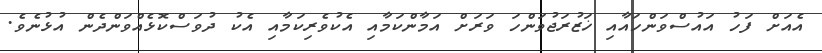
އެއަށް ފަހު އައުސްވަންހައާއި ޚަޒުރަޖުވަންހަ ވަރަށް އަމާންކަމާއި އެކުވެރިކަމާއި އެކު ދުވަސްކޮޅެއްވަންދެން އުޅުނެވެ.